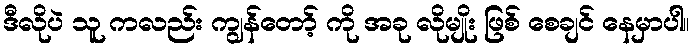
ဒီလိုပဲ သူ ကလည်း ကျွန်တော့် ကို အခု လိုမျိုး ဖြစ် စေချင် နေမှာပါ။